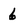
Character: 6